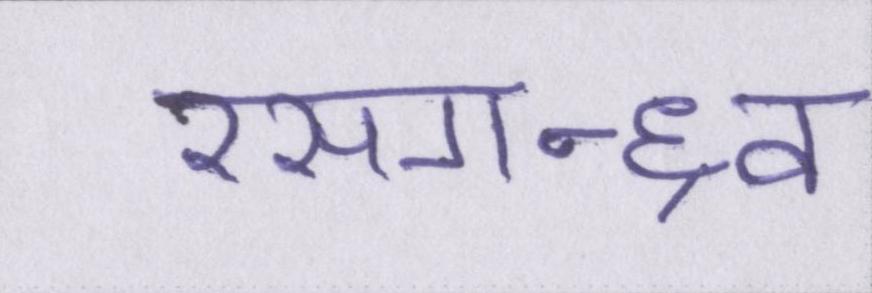
रसगन्ध्र्व